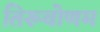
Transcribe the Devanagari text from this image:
तिरूवोणम